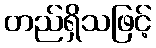
တည်ရှိသဖြင့်